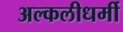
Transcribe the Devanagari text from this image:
अल्कलीधर्मी